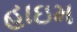
હાઇમ